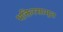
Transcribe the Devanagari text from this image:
भक्तिरसामृत